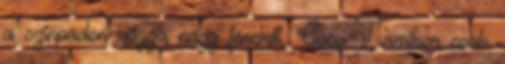
a színpadon rázza nagy fenekét, Coco T amikor csak